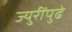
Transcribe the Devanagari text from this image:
ज्युरींपुढे